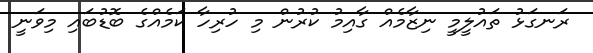
ރަނގަޅު ތައުލީމީ ނިޒާމެއް ގާއިމު ކުރުން މި ހުރިހާ ކަމެއްގެ ބޮޑުބައި މިވަނީ